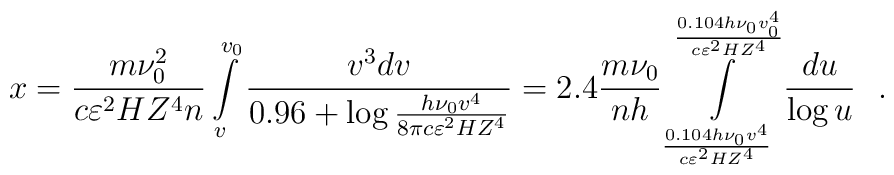
x =  \frac{m\nu _0 ^2}{c\varepsilon ^2HZ^4n}\int\limits_v^{v_0 } {\frac{v^3dv}{0.96 + \log \frac{h\nu _0 v^4}{8\pi c\varepsilon ^2HZ^4}}} = 2.4\frac{m\nu _0 }{nh}\int\limits_{\frac{0.104h\nu _0 v^4}{c\varepsilon ^2HZ^4}}^{\frac{0.104h\nu _0 v_0 ^4}{c\varepsilon ^2HZ^4}} {\frac{du}{\log u}} ~~.